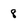
Character: 8